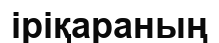
іріқараның